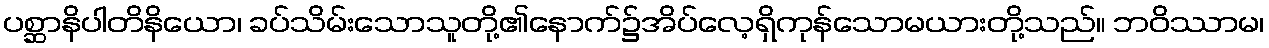
ပစ္ဆာနိပါတိနိယော၊ ခပ်သိမ်းသောသူတို့၏နောက်၌အိပ်လေ့ရှိကုန်သောမယားတို့သည်။ ဘဝိဿာမ၊